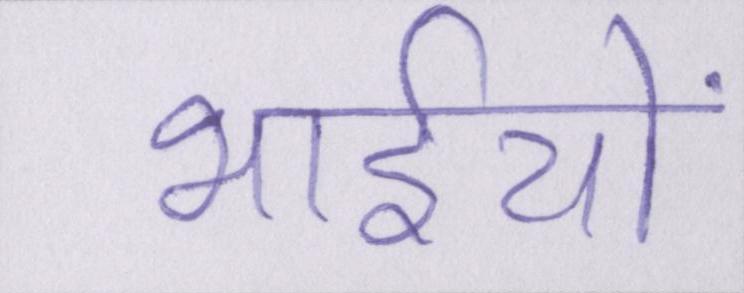
भाईयों